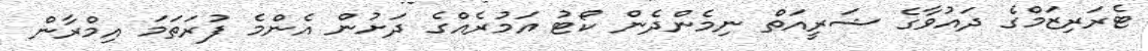
ޓެރަރިޒަމްގެ ދައުވާގެ ޝަރީއަތް ނިމެންދެން ކޯޓު އަމުރެއްގެ ދަށުން އެންމެ ފުރަތަމަ އިމްރާން